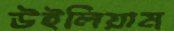
উইলিয়াম